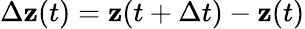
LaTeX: \Delta\mathbf{z}(t)=\mathbf{z}(t+\Delta t)-\mathbf{z}(t)